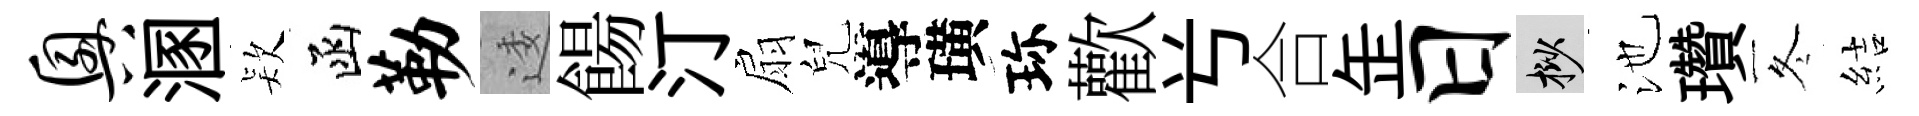
兴溷𣣇函勒逶餳汀扇兒導璜珎歡𠔃合𦈢日挲池瓚冬結